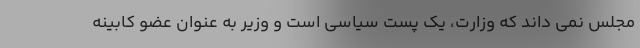
مجلس نمی داند که وزارت، یک پست سیاسی است و وزیر به عنوان عضو کابینه